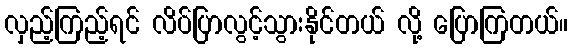
လှည့်ကြည့်ရင် လိပ်ပြာလွင့်သွားနိုင်တယ် လို့ ပြောကြတယ်။